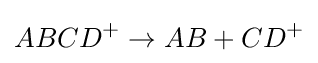
ABCD^{+}\to AB+CD^{+}